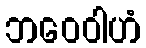
ဘဝေဝါဟံ